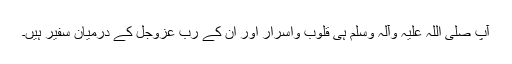
آپ صلی اللہ علیہ وآلہٖ وسلم ہی قلوب واسرار اور ان کے ربّ عزوجل کے درمیان سفیر ہیں۔